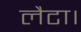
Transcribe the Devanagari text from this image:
लैटा।